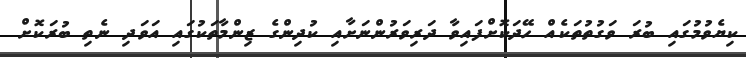
ކިޔެވުމުގައި ބުރަ ވަގުތުތަކެއް ހޭދަކޮށްފައިވާ ދަރިވަރުންނަށާއި ކުދިންގެ ޒިންމާތަކުގައި އަވަދި ނެތި ބުރަކޮށް